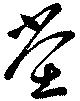
堂